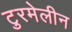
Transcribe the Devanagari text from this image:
टुरमेलीन